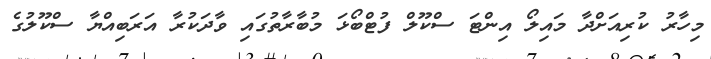
މިހާރު ކުރިއަށްދާ މައިލޯ އިންޓަ ސްކޫލް ފުޓްބޯޅަ މުބާރާތުގައި ވާދަކުރާ އަރަބިއްޔާ ސްކޫލުގެ